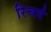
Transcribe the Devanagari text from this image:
रिचर्द